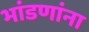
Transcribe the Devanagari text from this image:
भांडणांना